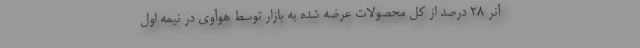
آنر 28 درصد از کل محصولات عرضه شده به بازار توسط هوآوی در نیمه اول